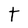
Character: t